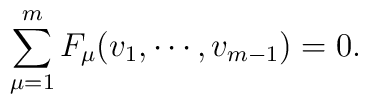
\sum_{\mu=1}^m F_\mu(v_1,\cdots,v_{m-1})=0.